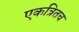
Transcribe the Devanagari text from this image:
एकत्रितच